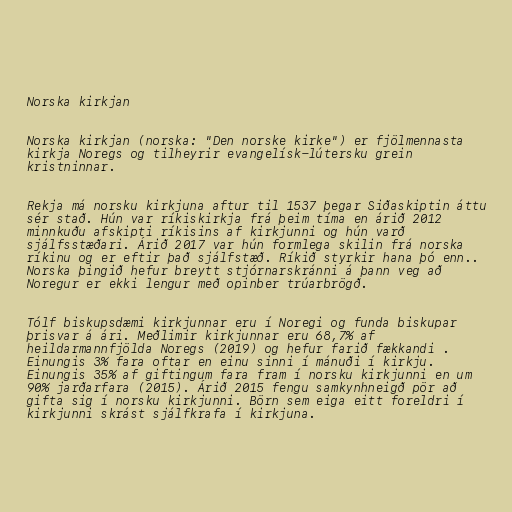
Norska kirkjan

Norska kirkjan (norska: "Den norske kirke") er fjölmennasta
kirkja Noregs og tilheyrir evangelísk-lútersku grein
kristninnar.

Rekja má norsku kirkjuna aftur til 1537 þegar Siðaskiptin áttu
sér stað. Hún var ríkiskirkja frá þeim tíma en árið 2012
minnkuðu afskipti ríkisins af kirkjunni og hún varð
sjálfsstæðari. Árið 2017 var hún formlega skilin frá norska
ríkinu og er eftir það sjálfstæð. Ríkið styrkir hana þó enn..
Norska þingið hefur breytt stjórnarskránni á þann veg að
Noregur er ekki lengur með opinber trúarbrögð.

Tólf biskupsdæmi kirkjunnar eru í Noregi og funda biskupar
þrisvar á ári. Meðlimir kirkjunnar eru 68,7% af
heildarmannfjölda Noregs (2019) og hefur farið fækkandi .
Einungis 3% fara oftar en einu sinni í mánuði í kirkju.
Einungis 35% af giftingum fara fram í norsku kirkjunni en um
90% jarðarfara (2015). Árið 2015 fengu samkynhneigð pör að
gifta sig í norsku kirkjunni. Börn sem eiga eitt foreldri í
kirkjunni skrást sjálfkrafa í kirkjuna.